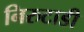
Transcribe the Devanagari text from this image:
निरुटाडी